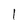
Character: I